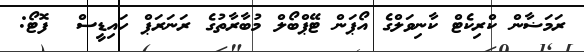
ރަމަޟާން ކްރިކެޓް ކާނިވަލްގެ އޯޕަން ޓޭޕްބޯލް މުބާރާތުގެ ރަނަރަޕް ހައިޑީސް  ފޮޓޯ: